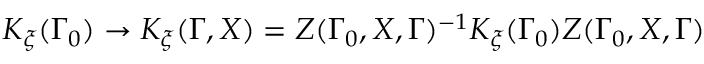
K _ { \xi } ( \Gamma _ { 0 } ) \rightarrow K _ { \xi } ( \Gamma , X ) = Z ( \Gamma _ { 0 } , X , \Gamma ) ^ { - 1 } K _ { \xi } ( \Gamma _ { 0 } ) Z ( \Gamma _ { 0 } , X , \Gamma )